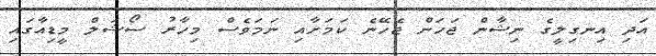
އަދި އިނގިލީގެ ނިޝާން ޖަހަން ޖެހޭނެ ކަމަށާއި ނަމަވެސް މިހާރު ސޯޝަލް މީޑިއާގައި